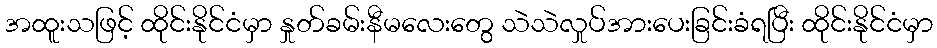
အထူးသဖြင့် ထိုင်းနိုင်ငံမှာ နှုတ်ခမ်းနီမလေးတွေ သဲသဲလှုပ်အားပေးခြင်းခံရပြီး ထိုင်းနိုင်ငံမှာ